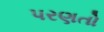
પરણતો